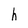
Character: h